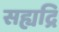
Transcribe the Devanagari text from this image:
सह्यद्रि